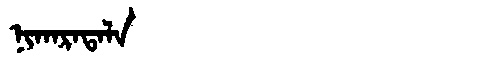
Manchu: ᠨᡳᡴᠠᡵᠠᡨᠠᠯᠠ
Romanization: NIKARATALA